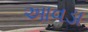
આવડા